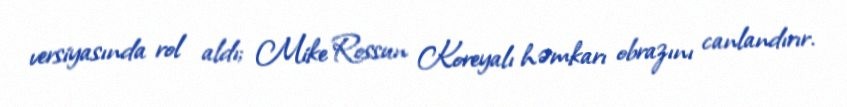
versiyasında rol aldı; Mike Rossun Koreyalı həmkarı obrazını canlandırır.